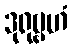
ဒုရုဗ္ဗဟံ